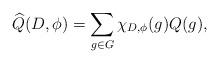
LaTeX: \begin{align*}\widehat{Q}(D, \phi)= \sum_{g \in G} \chi_{D,\phi}(g) Q(g),\end{align*}